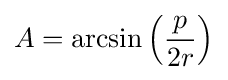
A=\arcsin \left({p \over 2r}\right)